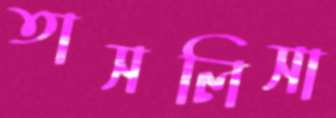
তাসলিসা